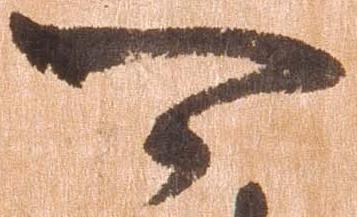
可